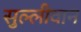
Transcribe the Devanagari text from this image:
सुल्लीवान